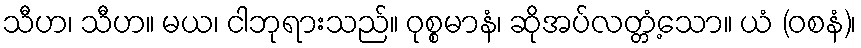
သီဟ၊ သီဟ။ မယ၊ ငါဘုရားသည်။ ဝုစ္စမာနံ၊ ဆိုအပ်လတ္တံ့သော။ ယံ (ဝစနံ)၊